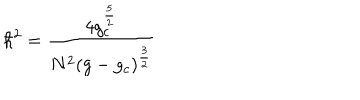
\hbar ^ { 2 } = \frac { 4 g _ { c } ^ { \frac { 5 } { 2 } } } { N ^ { 2 } ( g - g _ { c } ) ^ { \frac { 3 } { 2 } } }